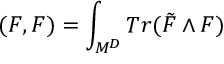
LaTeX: ( F , F ) = \int _ { M ^ { D } } T r ( \tilde { F } \wedge F )